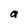
Character: a